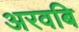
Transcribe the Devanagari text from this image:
अरवबि